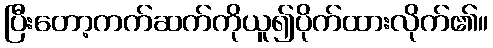
ပြီးတော့ကက်ဆက်ကိုယူ၍ပိုက်ထားလိုက်၏။